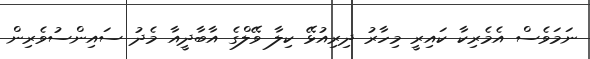
ނަމަވެސް އެމެރިކާ ކައިރީ މިހާރު ދިރިއުޅޭ ކިލާ ވޭލްގެ އާބާދީއާ މެދު ސައިންސުވެރިން